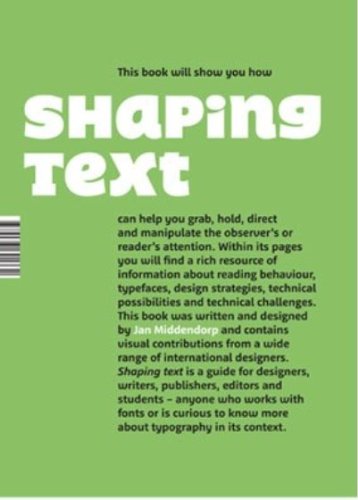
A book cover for Shaping Text: Type, Typography and the Reader; Jan Middendorp; Arts & Photography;